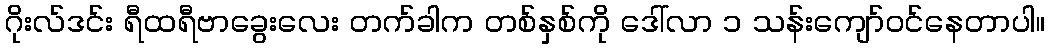
ဂိုးလ်ဒင်း ရီထရီဗာခွေးလေး တက်ခါက တစ်နှစ်ကို ဒေါ်လာ ၁ သန်းကျော်ဝင်နေတာပါ။